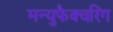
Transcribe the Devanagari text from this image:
मन्युफैक्चरिंग